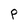
Character: P